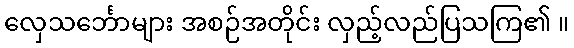
လှေသင်္ဘောများ အစဉ်အတိုင်း လှည့်လည်ပြသကြ၏ ။